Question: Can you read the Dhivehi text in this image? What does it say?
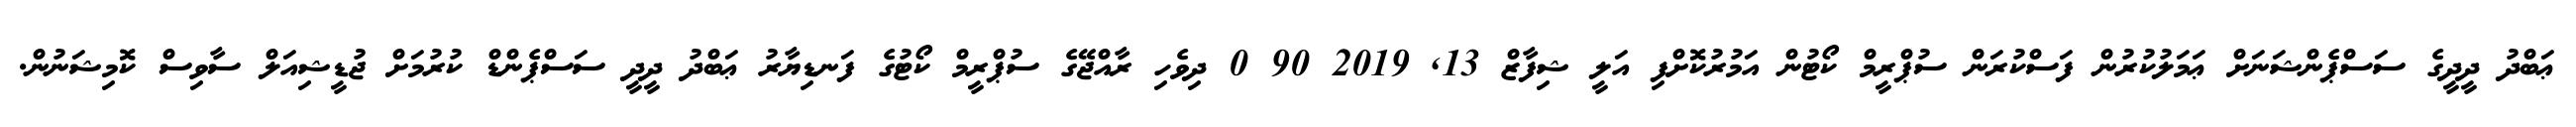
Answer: ޢަބްދު ދީދީގެ ސަސްޕެންޝަނަށް ޢަމަލުކުރުން ފަސްކުރަން ސުޕްރީމް ކޯޓުން އަމުރުކޮށްފި އަލީ ޝިފާޒް 13, 2019 90 0 ދިވެހި ރާއްޖޭގެ ސުޕްރީމް ކޯޓުގެ ފަނޑިޔާރު ޢަބްދު ދީދީ ސަސްޕެންޑް ކުރުމަށް ޖުޑީޝިއަލް ސާވިސް ކޮމިޝަނުން.